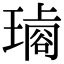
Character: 𤩋